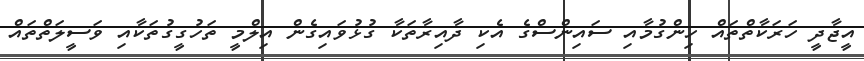
އީޖާދީ ހަރަކާތްތައް ހިންގުމާއި ސައިންސްގެ އެކި ދާއިރާތަކާ ގުޅުވައިގެން އިލްމީ ތަހުގީގުތަކާއި ވަސީލަތްތައް